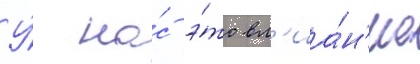
У́ на́с э́то вл'иа́н'ие